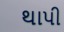
થાપી